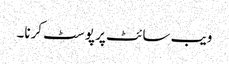
ویب سائٹ پر پوسٹ کرنا۔